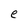
Character: e